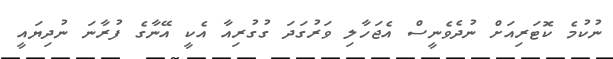
ނުކުމެ ކޮޓަރިއަށް ނުދެވެނީސް އެޖަހާލި ވަރުގަދަ ގުގުރިއާ އެކީ އޭނާގެ ފުރާނަ ނުދިޔައީ